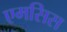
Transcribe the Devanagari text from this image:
एमसिस